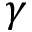
\gamma